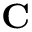
{ \bf C } _ { { \bf { \Lambda } } { \bf { \Lambda } } }